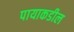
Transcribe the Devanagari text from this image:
पायाकडील